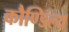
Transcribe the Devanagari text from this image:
कौण्डिल्य